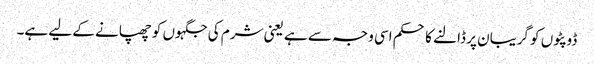
ڈوپٹوں کو گریبان پر ڈالنے کا حکم اسی وجہ سے ہے یعنی شرم کی جگہوں کو چھپانے کے لیے ہے۔